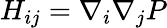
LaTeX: H_{ij}=\nabla_{i}\nabla_{j}P